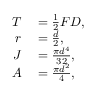
\begin{array} { r l } { T } & { { } = \frac { 1 } { 2 } F D , } \\ { r } & { { } = \frac { d } { 2 } , } \\ { J } & { { } = \frac { \pi d ^ { 4 } } { 3 2 } , } \\ { A } & { { } = \frac { \pi d ^ { 2 } } { 4 } , } \end{array}